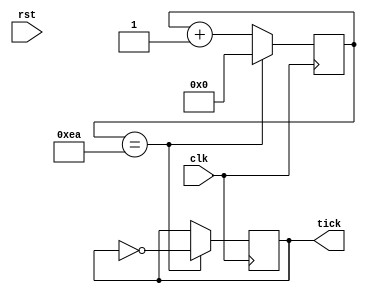
module baudrate_gen #(
    parameter BAUDRATE = 115200,
    parameter CLK = 27000000,
    parameter CLK_TO_TICK = CLK / BAUDRATE
) (
    input clk,
    input rst,
    output tick
);

reg tick_r = 0;
reg [8:0] counter = 0;

assign tick = tick_r;

always @(posedge clk) begin
    if(counter == CLK_TO_TICK) begin
        tick_r <= ~tick_r;
        counter <= 0;
    end else begin
        counter <= counter + 1;
    end
end
    
endmodule